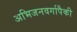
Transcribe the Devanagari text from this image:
अभिजनवर्गापैकी